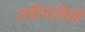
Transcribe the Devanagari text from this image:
तडीपारीची